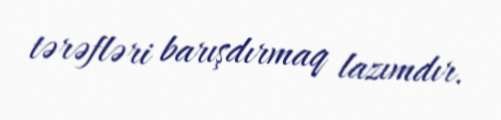
tərəfləri barışdırmaq lazımdır.